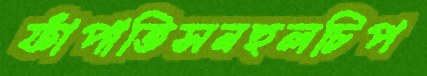
ফাঁপাতিসনহুলচিপ